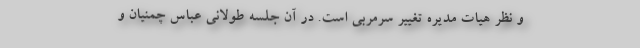
و نظر هیات مدیره تغییر سرمربی است. در آن جلسه طولانی عباس چمنیان و